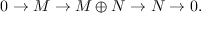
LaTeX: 0 \to M \to M \oplus N \to N \to 0 .